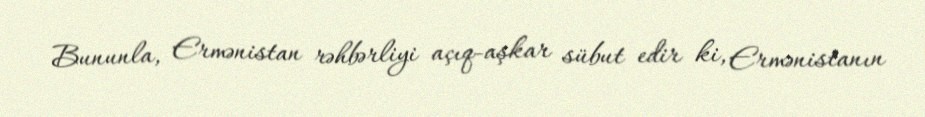
Bununla, Ermənistan rəhbərliyi açıq-aşkar sübut edir ki, Ermənistanın